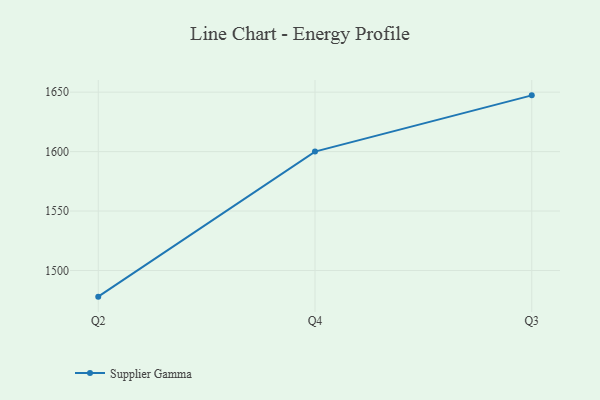
{"axis": {"x": "Quarter", "y": "Page Views"}, "legend": ["Supplier Gamma"], "data": [{"x": "Q2", "y": 1478.0, "type": "Supplier Gamma"}, {"x": "Q4", "y": 1600.0, "type": "Supplier Gamma"}, {"x": "Q3", "y": 1647.3, "type": "Supplier Gamma"}]}